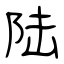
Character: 陆